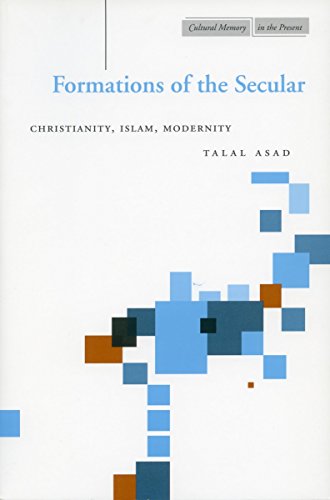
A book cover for Formations of the Secular: Christianity, Islam, Modernity (Cultural Memory in the Present); Talal Asad; Religion & Spirituality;